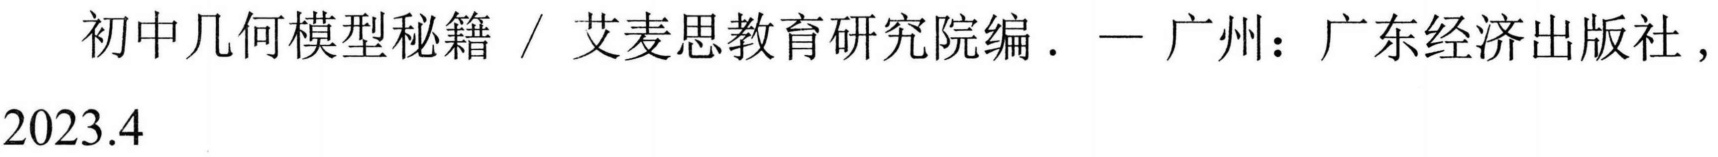
初中几何模型秘籍 / 艾麦思教育研究院编. — 广州：广东经济出版社,
2023.4